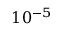
1 0 ^ { - 5 }